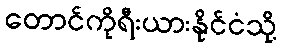
တောင်ကိုရီးယားနိုင်ငံသို့